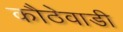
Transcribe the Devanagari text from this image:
कौठेवाडी